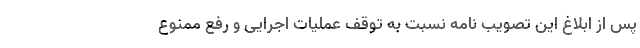
پس از ابلاغ این تصویب نامه نسبت به توقف عملیات اجرایی و رفع ممنوع